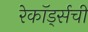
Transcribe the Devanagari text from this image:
रेकॉर्ड्सची